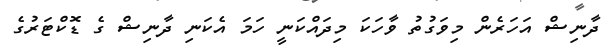
ދާނިޝް އަހަރެން މިވަގުތު ވާހަކަ މިދައްކަނީ ހަމަ އެކަނި ދާނިޝް ގެ ޑޮކްޓަރުގެ